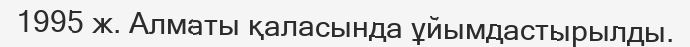
1995 ж. Алматы қаласында ұйымдастырылды.